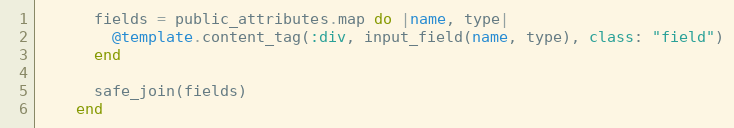
Language: Ruby
      fields = public_attributes.map do |name, type|
        @template.content_tag(:div, input_field(name, type), class: "field")
      end

      safe_join(fields)
    end